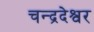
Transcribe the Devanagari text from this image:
चन्द्रदेश्वर